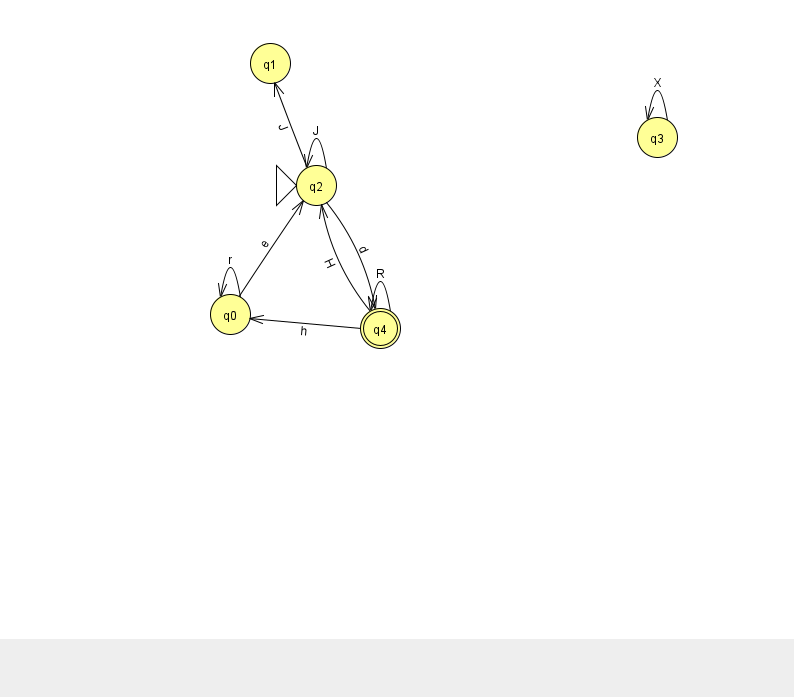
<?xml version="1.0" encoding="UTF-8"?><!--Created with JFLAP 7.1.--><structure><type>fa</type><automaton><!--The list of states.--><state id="0" name="q0"><x>230.0</x><y>301.0</y></state><state id="1" name="q1"><x>270.0</x><y>50.0</y></state><state id="2" name="q2"><x>316.0</x><y>172.0</y><initial/></state><state id="3" name="q3"><x>657.0</x><y>124.0</y></state><state id="4" name="q4"><x>380.0</x><y>315.0</y><final/></state><!--The list of transitions.--><transition><from>0</from><to>0</to><read>r</read></transition><transition><from>4</from><to>4</to><read>R</read></transition><transition><from>2</from><to>1</to><read>J</read></transition><transition><from>4</from><to>0</to><read>h</read></transition><transition><from>4</from><to>2</to><read>H</read></transition><transition><from>0</from><to>2</to><read>e</read></transition><transition><from>2</from><to>4</to><read>d</read></transition><transition><from>3</from><to>3</to><read>X</read></transition><transition><from>2</from><to>2</to><read>J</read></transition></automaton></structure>